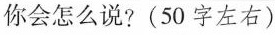
你会怎么说?(50字左右)